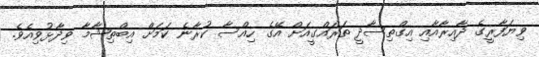
ވިޔަފާރީގެ ދާއިރާއާއި އިގްތިސާދީ ތަރައްގީއަށް އޭގެ ހިއްސާ ކުރާނެ ކަމަށް އިބްތިޝާމާ ވިދާޅުވިއެވެ.